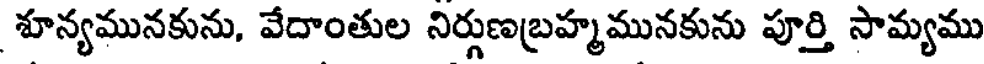
శూన్యమునకును, వేదాంతుల నిర్గుణబ్రహ్మమునకును పూర్తి సామ్యము